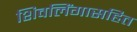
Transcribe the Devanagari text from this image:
शिवलिंगासहित